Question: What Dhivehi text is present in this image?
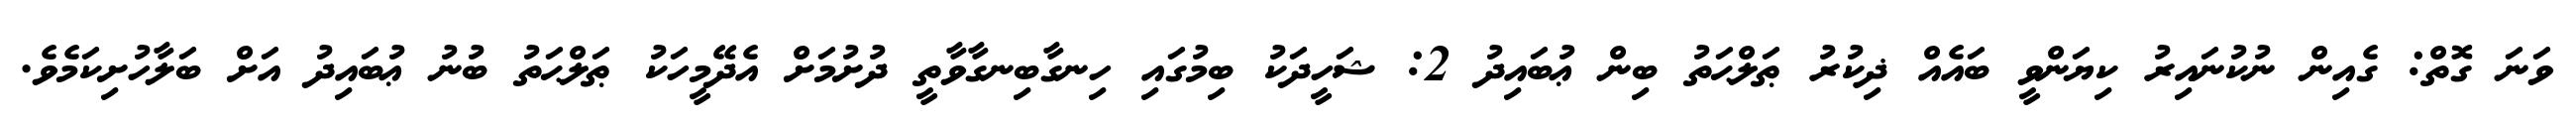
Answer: ވަނަ ގޮތް: ގެއިން ނުކުނައިރު ކިޔަންވީ ބައެއް ޛިކުރު ޠަލްޙަތު ބިން ޢުބައިދު 2: ޝަހީދަކު ބިމުގައި ހިނގާބިނގާވާތީ ދުށުމަށް އެދޭމީހަކު ޠަލްޙަތު ބުނު ޢުބައިދު އަށް ބަލާހުށިކަމެވެ.